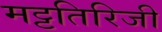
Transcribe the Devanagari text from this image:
मट्टतिरिजी